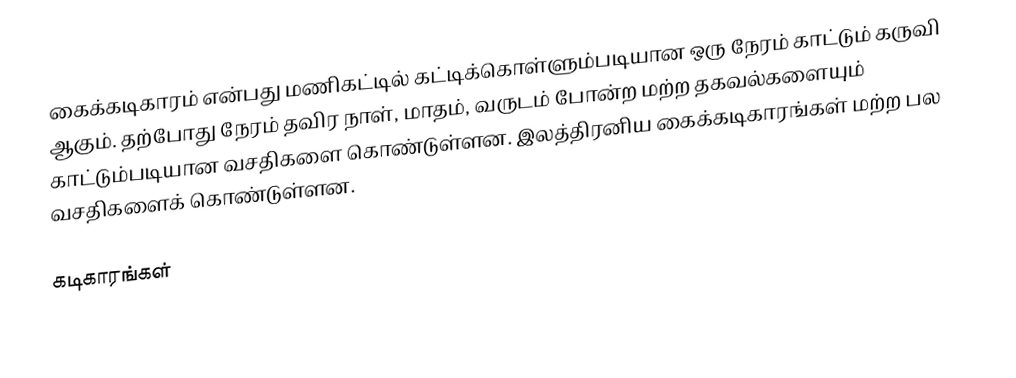
கைக்கடிகாரம் என்பது மணிகட்டில் கட்டிக்கொள்ளும்படியான ஒரு நேரம் காட்டும் கருவி ஆகும். தற்போது நேரம் தவிர நாள், மாதம், வருடம் போன்ற மற்ற தகவல்களையும் காட்டும்படியான வசதிகளை கொண்டுள்ளன. இலத்திரனிய கைக்கடிகாரங்கள் மற்ற பல வசதிகளைக் கொண்டுள்ளன.

கடிகாரங்கள்